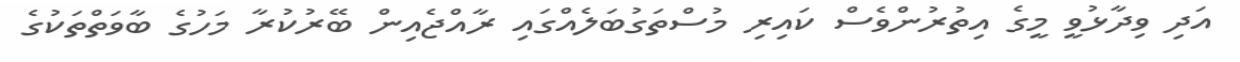
އަދި ވިދާޅުވީ މީގެ އިތުރުންވެސް ކައިރި މުސްތަގުބަލެއްގައި ރާއްޖެއިން ބޭރުކުރާ މަހުގެ ބާވަތްތަކުގެ